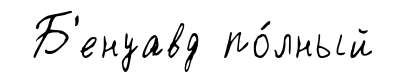
Б'енуавд по́лный